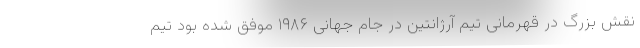
نقش بزرگ در قهرمانی تیم آرژانتین در جام جهانی ۱۹۸۶ موفق شده بود تیم